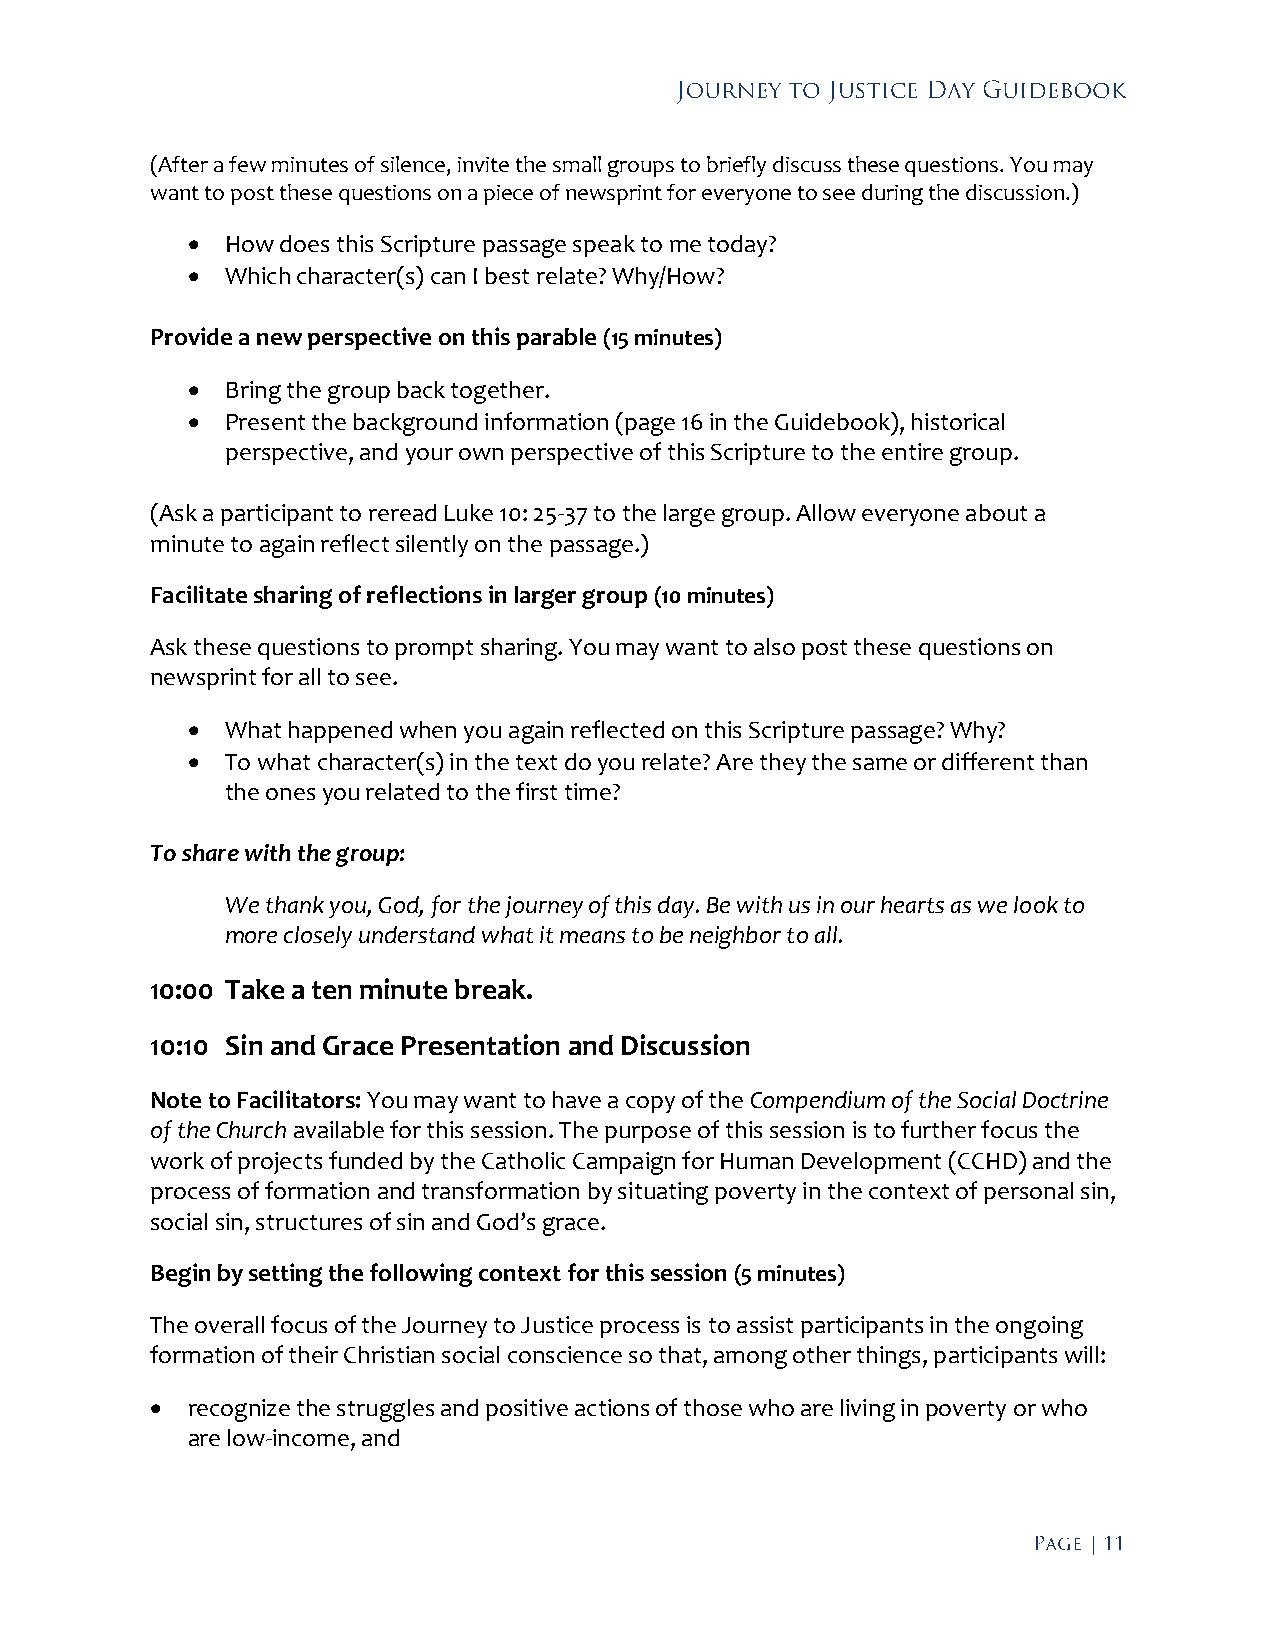
(After a few minutes of silence, invite the small groups to briefly discuss these questions. You may
 want to post these questions on a piece of newsprint for everyone to see during the discussion.)
   How does this Scripture passage speak to me today?
   Which character(s) can I best relate? Why/How?
 Provide a new perspective on this parable (15 minutes)
   Bring the group back together.
   Present the background information (page 16 in the Guidebook), historical
 perspective, and your own perspective of this Scripture to the entire group.
 (Ask a participant to reread Luke 10: 25-37 to the large group. Allow everyone about a
 minute to again reflect silently on the passage.)
 Facilitate sharing of reflections in larger group (10 minutes)
 Ask these questions to prompt sharing. You may want to also post these questions on
 newsprint for all to see.
   What happened when you again reflected on this Scripture passage? Why?
   To what character(s) in the text do you relate? Are they the same or different than
 the ones you related to the first time?
 To share with the group:
 We thank you, God, for the journey of this day. Be with us in our hearts as we look to
 more closely understand what it means to be neighbor to all.
 10:00 Take a ten minute break.
 10:10 Sin and Grace Presentation and Discussion
 Note to Facilitators: You may want to have a copy of the Compendium of the Social Doctrine
 of the Church available for this session. The purpose of this session is to further focus the
 work of projects funded by the Catholic Campaign for Human Development (CCHD) and the
 process of formation and transformation by situating poverty in the context of personal sin,
 social sin, structures of sin and God’s grace.
 Begin by setting the following context for this session (5 minutes)
 The overall focus of the Journey to Justice process is to assist participants in the ongoing
 formation of their Christian social conscience so that, among other things, participants will:
  recognize the struggles and positive actions of those who are living in poverty or who
 are low-income, and